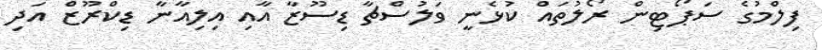
ފިލްމުގެ ސަޕޯޓިން ރޯލުތައް ކުޅެނީީ ވަލުސްޗާ ޑިސޫޒާ އާއި އިލިއާނާ ޑިކްރޫޒް އަދި